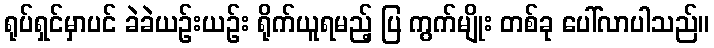
ရုပ်ရှင်မှာပင် ခဲခဲယဉ်းယဉ်း ရိုက်ယူရမည့် ပြ ကွက်မျိုး တစ်ခု ပေါ်လာပါသည်။